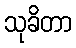
သုခိတာ